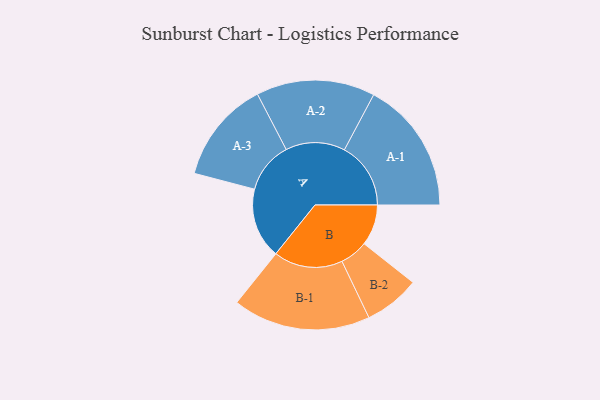
{"axis": {"x": "Segment", "y": "Value"}, "legend": ["", "A", "B"], "data": [{"x": "A", "y": 303, "type": ""}, {"x": "B", "y": 176, "type": ""}, {"x": "A-1", "y": 285, "type": "A"}, {"x": "A-2", "y": 255, "type": "A"}, {"x": "A-3", "y": 220, "type": "A"}, {"x": "B-1", "y": 296, "type": "B"}, {"x": "B-2", "y": 120, "type": "B"}]}